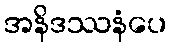
အနိဒဿနံပေ